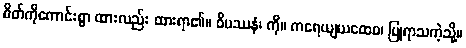
စိတ်ကိုကောင်းစွာ ထားလည်း ထားရာ၏။ ဝိပဿနံ၊ ကို။ ကရေယျယထေဝ၊ ပြုရာသကဲ့သို့။